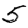
Digit: 5